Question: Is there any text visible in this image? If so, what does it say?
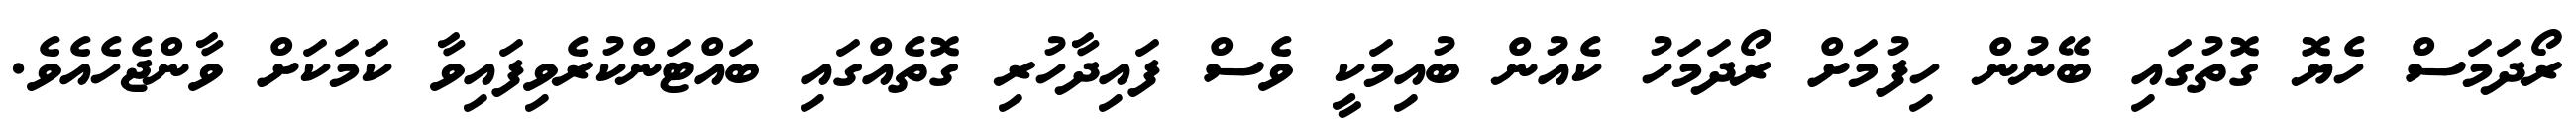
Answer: ރޯދަމަސް ހެޔޮ ގޮތުގައި ބޭނުން ހިފުމަށް ރޯދަމަހު ކެއުން ބުއިމަކީ ވެސް ފައިދާހުރި ގޮތެއްގައި ބައްޓަންކުރެވިފައިވާ ކަމަކަށް ވާންޖެހެއެވެ.